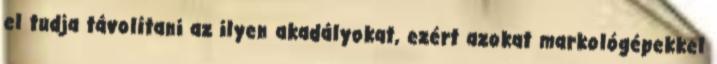
el tudja távolítani az ilyen akadályokat, ezért azokat markológépekkel